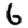
Digit: 6